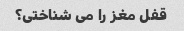
قفل مغز را می شناختی؟